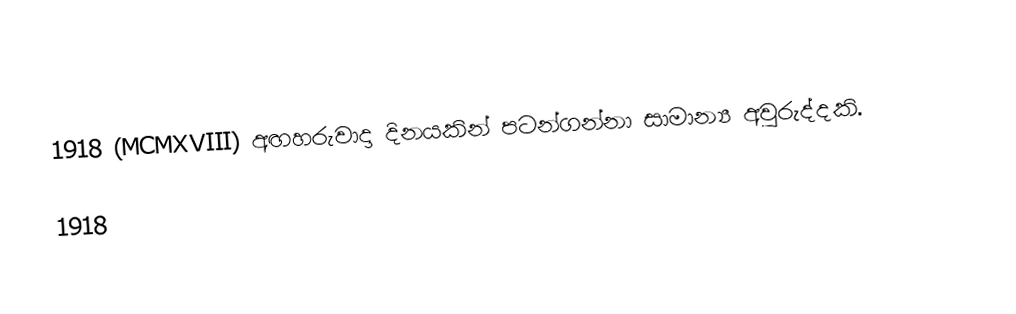
1918 (MCMXVIII) අඟහරුවාදා දිනයකින් පටන්ගන්නා සාමාන්‍ය අවුරුද්දකි.

1918